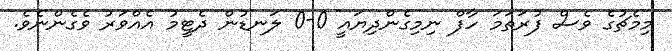
މިމެޗުގެ ވެސް ފުރަތަމަ ހާފް ނިމިގެންދިޔައީ 0-0 ލަނޑުން ދެޓީމު އެއްވަރު ވެގެންނެވެ.